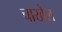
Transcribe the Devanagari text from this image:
चाखेल